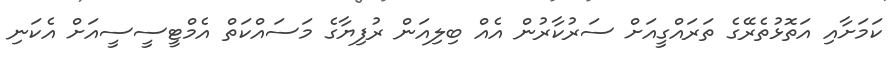
ކަމަށާއި އަތޮޅުތެރޭގެ ތަރައްގީއަށް ސަރުކާރުން އެއް ބިލިއަން ރުފިޔާގެ މަސައްކަތް އެމްޓީސީސީއަށް އެކަނި